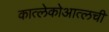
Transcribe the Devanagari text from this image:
कात्लेकोआत्लची